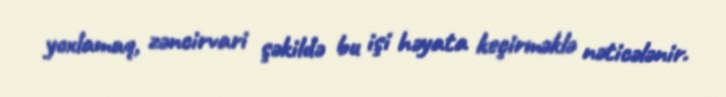
yoxlamaq, zəncirvari şəkildə bu işi həyata keçirməklə nəticələnir.